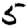
Digit: 5